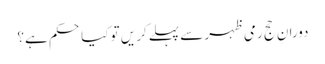
دورانِ حج رمی ظہر سے پہلےکر یں تو کیا حکم ہے؟